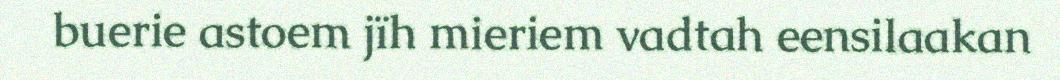
buerie astoem jïh mieriem vadtah eensilaakan